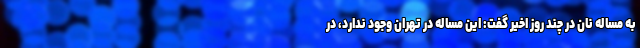
به مساله نان در چند روز اخیر گفت: این مساله در تهران وجود ندارد، در